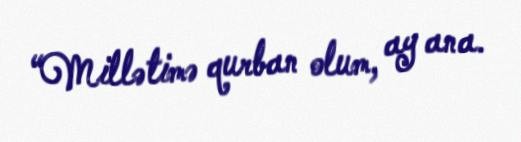
“Millətimə qurban olum, ay ana.